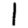
Digit: 1